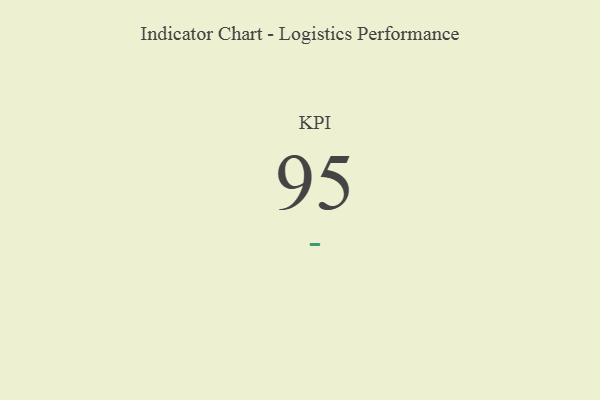
{"axis": {"x": "KPI", "y": "Value"}, "legend": [""], "data": [{"x": "KPI", "y": 95, "type": ""}]}